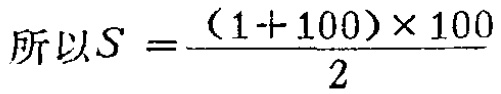
所以\(S = \frac{(1 + 100)\times 100}{2}\)